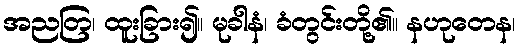
အညတြ၊ ထူးခြား၍။ မုခါနံ၊ ခံတွင်းတို့၏။ နဟုတေန၊